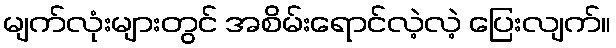
မျက်လုံးများတွင် အစိမ်းရောင်လဲ့လဲ့ ပြေးလျက်။